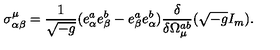
\sigma _ { \alpha \beta } ^ { \mu } = \frac { 1 } { \sqrt { - g } } ( e _ { \alpha } ^ { a } e _ { \beta } ^ { b } - e _ { \beta } ^ { a } e _ { \alpha } ^ { b } ) \frac { \delta } { \delta \Omega _ { \mu } ^ { a b } } ( \sqrt { - g } I _ { m } ) .